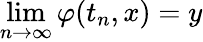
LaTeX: \operatorname*{lim}_{n\to\infty}\varphi(t_{n},x)=y